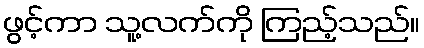
ဖွင့်ကာ သူ့လက်ကို ကြည့်သည်။